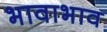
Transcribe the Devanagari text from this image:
भावाभाव